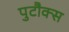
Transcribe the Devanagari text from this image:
पुटौक्स